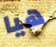
هيا